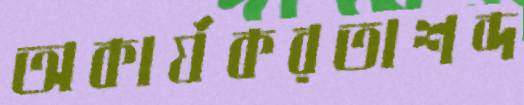
অকার্যকরতাশব্দ